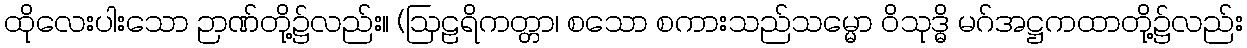
ထိုလေးပါးသော ဉာဏ်တို့၌လည်း။ (ဩဠရိကတ္တာ၊ စသော စကားသည်သမ္မော ဝိသုဒ္ဓိ မဂ်အဋ္ဌကထာတို့၌လည်း